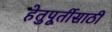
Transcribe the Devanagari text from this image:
हेतुपूर्तीसाठी